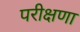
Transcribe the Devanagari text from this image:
परीक्षणा